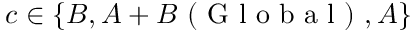
c \in \{ B , A + B \mathrm { ~ ( ~ G ~ l ~ o ~ b ~ a ~ l ~ ) ~ } , A \}